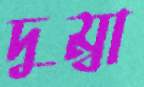
দুম্বা